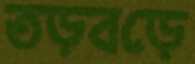
তড়বড়ে